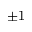
\pm 1